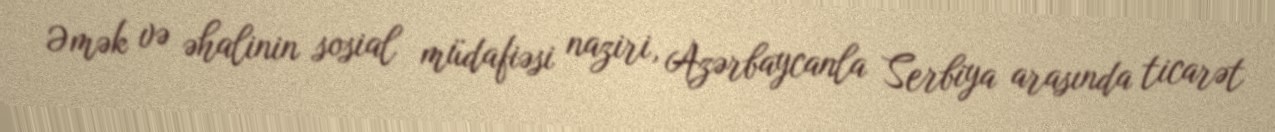
Əmək və əhalinin sosial müdafiəsi naziri, Azərbaycanla Serbiya arasında ticarət